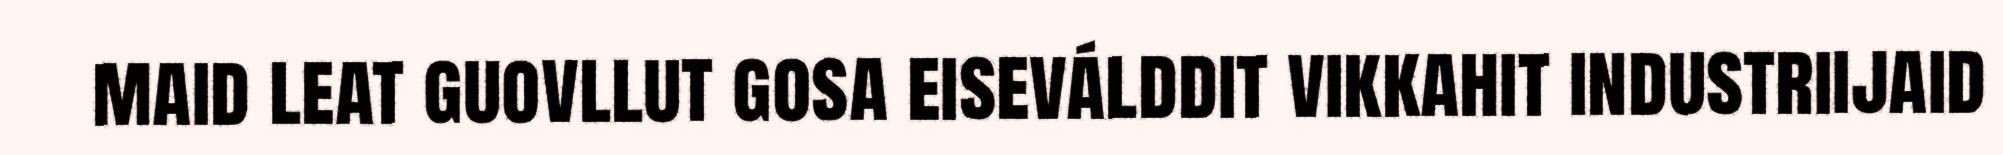
maid leat guovllut gosa eiseválddit vikkahit industriijaid